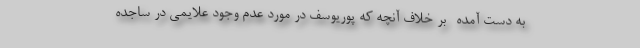
به دست آمده -بر خلاف آنچه که پوریوسف در مورد عدم وجود علایمی در ساجده